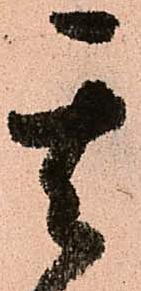
其